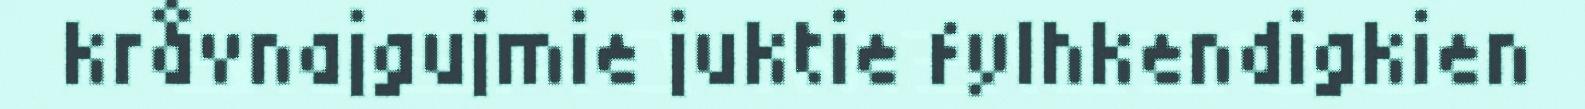
kråvnajgujmie juktie fylhkendigkien